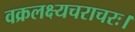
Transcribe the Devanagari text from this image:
वक्रलक्ष्यचराचरः।